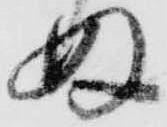
ぬ